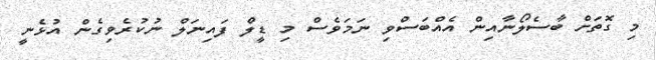
މި ގޮތަށް ބާސެލޯނާއިން އެއްބަސްވި ނަމަވެސް މި ޑީލް ފައިނަލް ނުކުރެވިގެން އުޅެނީ